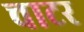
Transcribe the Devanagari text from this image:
चाटर